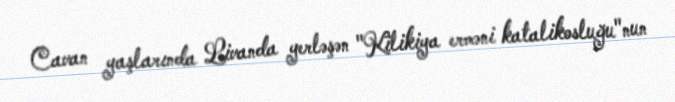
Cavan yaşlarında Livanda yerləşən "Kilikiya erməni katalikosluğu"nun